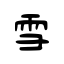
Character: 雪